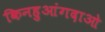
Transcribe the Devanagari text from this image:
किनहुआंगदाओ